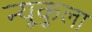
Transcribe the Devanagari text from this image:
न्यूकुला